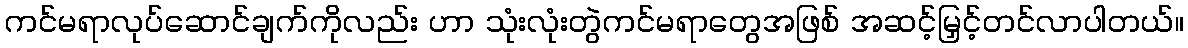
ကင်မရာလုပ်ဆောင်ချက်ကိုလည်း ဟာ သုံးလုံးတွဲကင်မရာတွေအဖြစ် အဆင့်မြှင့်တင်လာပါတယ်။